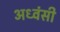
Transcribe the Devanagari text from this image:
अध्वंसी